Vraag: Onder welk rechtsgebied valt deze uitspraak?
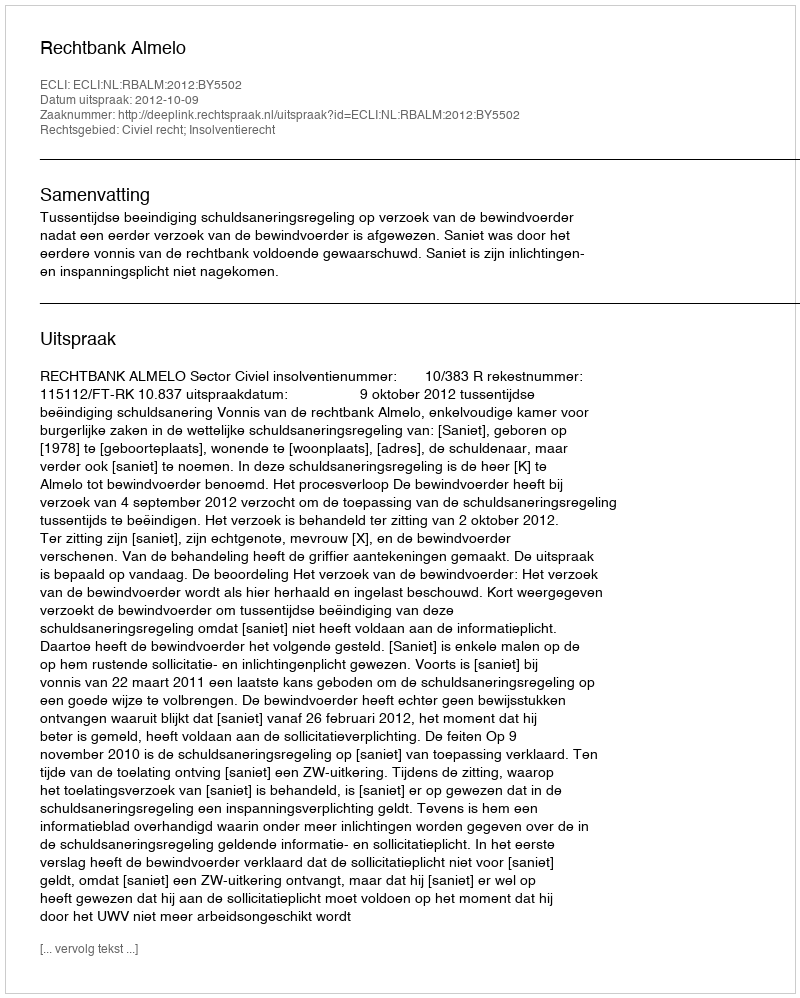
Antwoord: Civiel recht; Insolventierecht